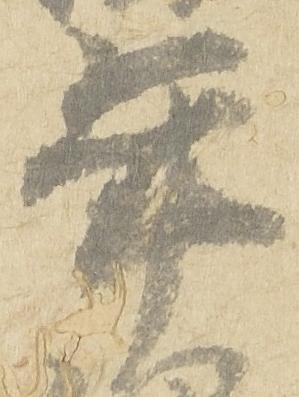
年